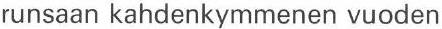
runsaan kahdenkymmenen vuoden